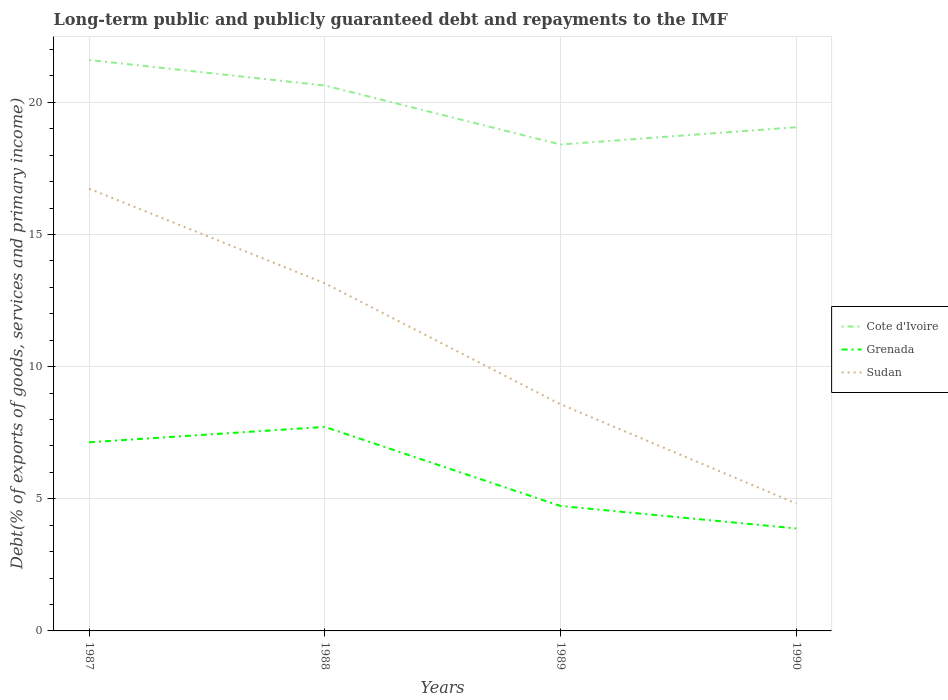
| Years | Cote d'Ivoire | Grenada | Sudan |
 | --- | --- | --- | --- |
 | 1987 | 21.6 | 7.14 | 16.7 |
 | 1988 | 20.6 | 7.72 | 13.2 |
 | 1989 | 18.4 | 4.73 | 8.58 |
 | 1990 | 19.1 | 3.88 | 4.82 |